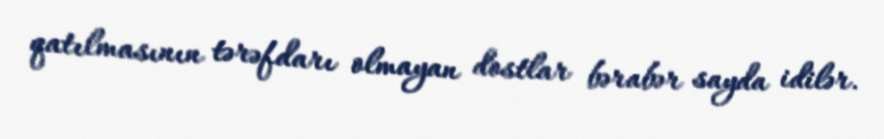
qatılmasının tərəfdarı olmayan dostlar bərabər sayda idilər.